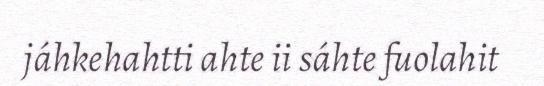
jáhkehahtti ahte ii sáhte fuolahit